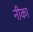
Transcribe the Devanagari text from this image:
नीका